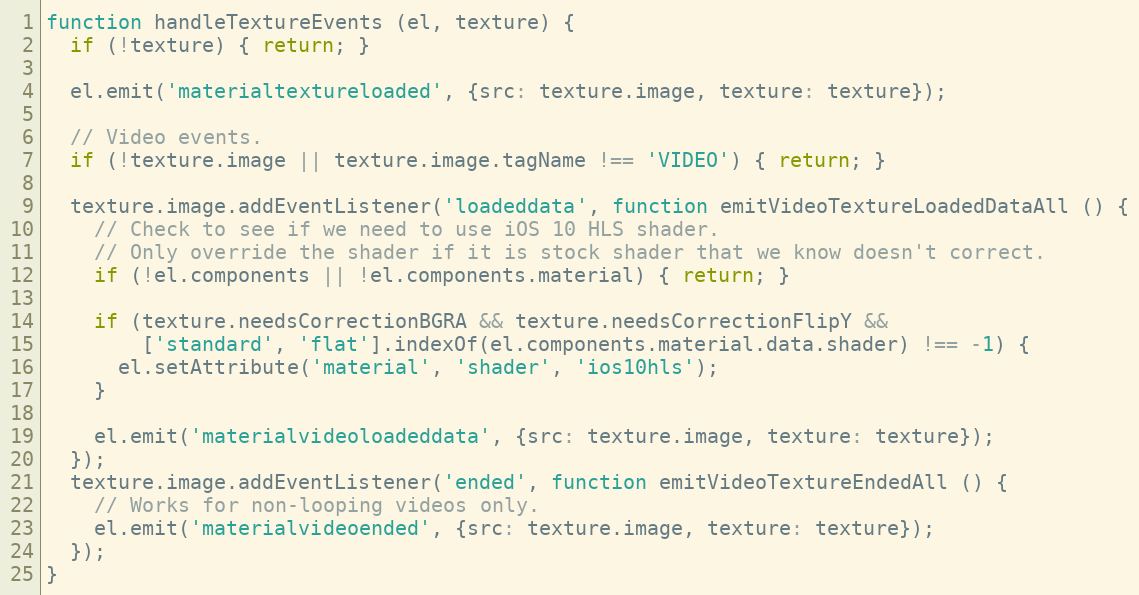
Language: JavaScript
function handleTextureEvents (el, texture) {
  if (!texture) { return; }

  el.emit('materialtextureloaded', {src: texture.image, texture: texture});

  // Video events.
  if (!texture.image || texture.image.tagName !== 'VIDEO') { return; }

  texture.image.addEventListener('loadeddata', function emitVideoTextureLoadedDataAll () {
    // Check to see if we need to use iOS 10 HLS shader.
    // Only override the shader if it is stock shader that we know doesn't correct.
    if (!el.components || !el.components.material) { return; }

    if (texture.needsCorrectionBGRA && texture.needsCorrectionFlipY &&
        ['standard', 'flat'].indexOf(el.components.material.data.shader) !== -1) {
      el.setAttribute('material', 'shader', 'ios10hls');
    }

    el.emit('materialvideoloadeddata', {src: texture.image, texture: texture});
  });
  texture.image.addEventListener('ended', function emitVideoTextureEndedAll () {
    // Works for non-looping videos only.
    el.emit('materialvideoended', {src: texture.image, texture: texture});
  });
}